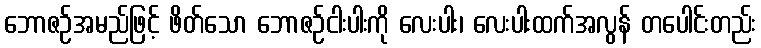
ဘောဇဉ်အမည်ဖြင့် ဖိတ်သော ဘောဇဉ်ငါးပါးကို လေးပါး၊ လေးပါးထက်အလွန် တပေါင်းတည်း